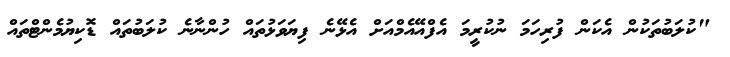
"ކުލަބުތަކުން އެކަން ފުރިހަމަ ނުކުރީމަ އެފްއޭއެމްއަށް އެޅޭނެ ފިޔަވަޅުތައް ހުންނާނެ ކުލަބުތައް ޑޮކިޔުމެންޓްތައް